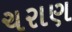
ચરાણ